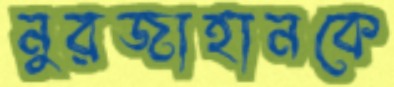
নুরজাহানকে